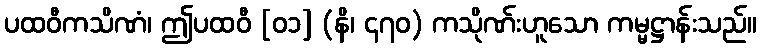
ပထဝီကသိဏံ၊ ဤပထဝီ [၀၁] (နိ၊ ၄၇၀) ကသိုဏ်းဟူသော ကမ္မဋ္ဌာန်းသည်။